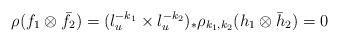
LaTeX: \begin{align*} \rho(f_1\otimes \bar{f}_2)=(l_u^{-k_1}\times l_u^{-k_2})_*\rho_{k_1,k_2} (h_1\otimes \bar{h}_2)=0 \end{align*}